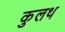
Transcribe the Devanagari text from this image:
कुलथ